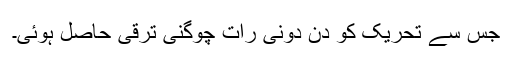
جس سے تحریک کو دن دونی رات چوگنی ترقی حاصل ہوئی۔